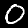
Digit: 0